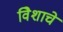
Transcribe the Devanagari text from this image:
विेशाचे